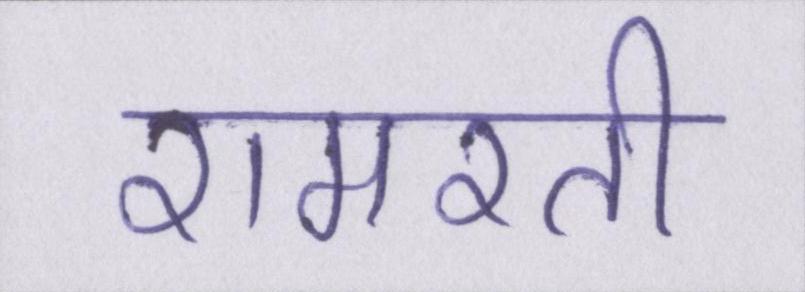
रामरती